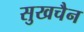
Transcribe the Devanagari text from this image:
सुखचैन